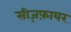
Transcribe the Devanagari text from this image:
सीज़फ़ायर